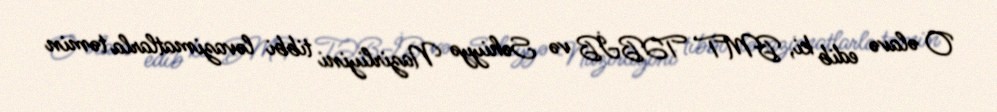
O əlavə edib ki, BMT TƏBİB və Səhiyyə Nazirliyini tibbi ləvazimatlarla təmin